Lunatic asylums Central Provinces reports 1910-1926 - 1910-1926
Year: 1910
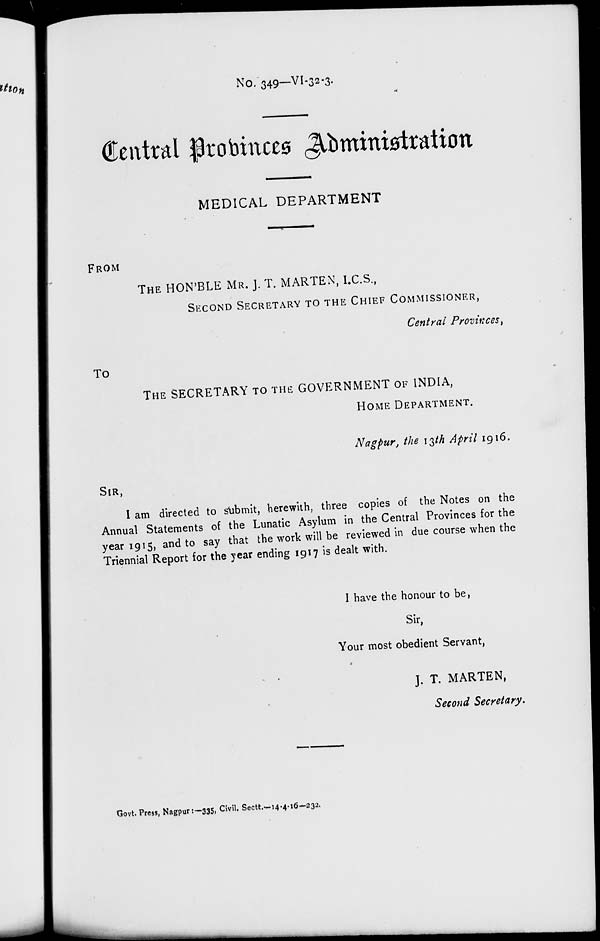
No. 349—VI-32-3.
Central Probinces Administration
MEDICAL DEPARTMENT
FROM
THE HON'BLE MR. J. T. MARTEN, I.C.S.,
SECOND SECRETARY TO THE CHIEF COMMISSIONER,
Central Provinces,
To
THE SECRETARY TO THE GOVERNMENT OF INDIA,
HOME DEPARTMENT.
Nagpur, the 13th April 1916.
SIR,
I am directed to submit, herewith, three copies of the Notes on the
Annual Statements of the Lunatic Asylum in the Central Provinces for the
year 1915, and to say that the work will be reviewed in due course when the
Triennial Report for the year ending 1917 is dealt with.
I have the honour to be,
Sir,
Your most obedient Servant,
J. T. MARTEN,
Second Secretary.
Govt. Press, Nagpur:— 335, Civil. Sectt.—14-4-16—232.